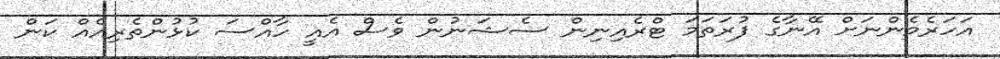
އަހަރެމެންނަށް އޭނާގެ ފުރަތަމަ ޓްރެއިނިން ސެޝަނުން ވެސް އެއީ ހާއްސަ ކުޅުންތެރިއެއް ކަން